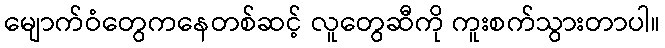
မျောက်ဝံတွေကနေတစ်ဆင့် လူတွေဆီကို ကူးစက်သွားတာပါ။